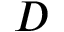
D